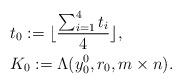
LaTeX: \begin{align*}&t_0:=\lfloor \frac{\sum^{4}_{i=1}t_i}{4}\rfloor,\\&K_0:=\Lambda(y^0_0,r_0,m\times n).\\\end{align*}